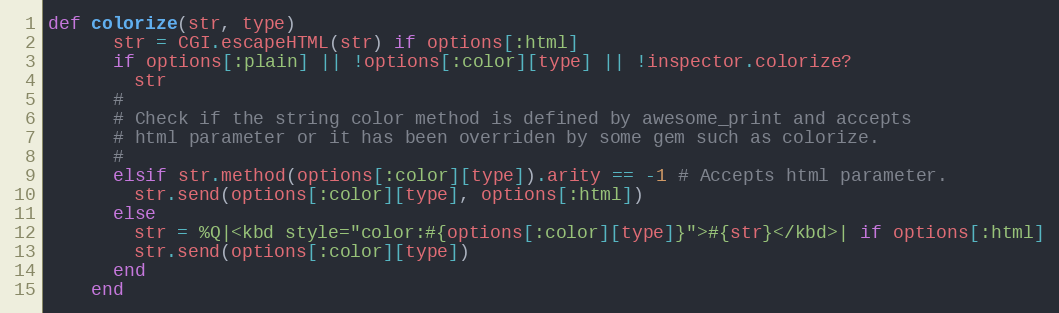
Language: Ruby
def colorize(str, type)
      str = CGI.escapeHTML(str) if options[:html]
      if options[:plain] || !options[:color][type] || !inspector.colorize?
        str
      #
      # Check if the string color method is defined by awesome_print and accepts
      # html parameter or it has been overriden by some gem such as colorize.
      #
      elsif str.method(options[:color][type]).arity == -1 # Accepts html parameter.
        str.send(options[:color][type], options[:html])
      else
        str = %Q|<kbd style="color:#{options[:color][type]}">#{str}</kbd>| if options[:html]
        str.send(options[:color][type])
      end
    end